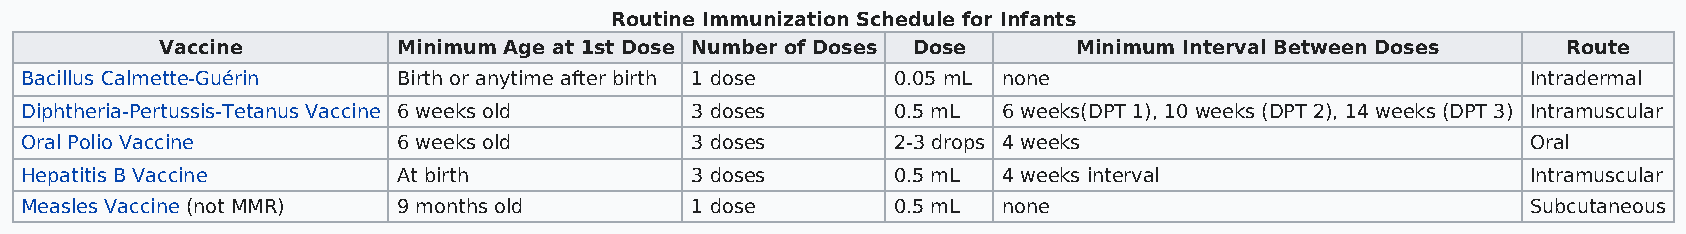
Routine Immunization Schedule for Infants
 Vaccine        Minimum Age at 1st Dose Number of Doses Dose Minimum Interval Between Doses   Route
 Bacillus Calmette-Guérin Birth or anytime after birth 1 dose 0.05 mL none                           Intradermal
 Diphtheria-Pertussis-Tetanus Vaccine 6 weeks old 3 doses  0.5 mL 6 weeks(DPT 1), 10 weeks (DPT 2), 14 weeks (DPT 3) Intramuscular
 Oral Polio Vaccine       6 weeks old         3 doses      2-3 drops 4 weeks                         Oral
 Hepatitis B Vaccine      At birth            3 doses      0.5 mL 4 weeks interval                   Intramuscular
 Measles Vaccine (not MMR) 9 months old       1 dose       0.5 mL none                               Subcutaneous